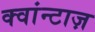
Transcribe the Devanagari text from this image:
क्वांन्टाज़